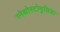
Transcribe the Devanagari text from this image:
ग्नेथोस्टोमुलिडा